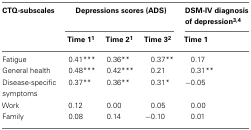
<table><thead><tr><td><b>CTQ-subscales</b></td><td colspan="3"><b>Depressions scores (ADS)</b></td><td><b>DSM-IV diagnosis of depression<sup>3,4</sup></b></td></tr><tr><td></td><td><b>Time 1<sup>1</sup></b></td><td><b>Time 2<sup>1</sup></b></td><td><b>Time 3<sup>2</sup></b></td><td><b>Time 1</b></td></tr></thead><tbody><tr><td>Fatigue</td><td>0.41***</td><td>0.36**</td><td>0.37**</td><td>0.17</td></tr><tr><td>General health</td><td>0.48***</td><td>0.42***</td><td>0.21</td><td>0.31**</td></tr><tr><td>Disease-specific symptoms</td><td>0.37**</td><td>0.36**</td><td>0.31*</td><td>−0.05</td></tr><tr><td>Work</td><td>0.12</td><td>0.00</td><td>0.05</td><td>0.00</td></tr><tr><td>Family</td><td>0.08</td><td>0.14</td><td>−0.10</td><td>0.01</td></tr></tbody></table>